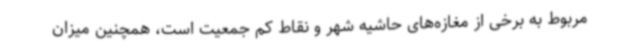
مربوط به برخی از مغازه‌های حاشیه شهر و نقاط کم جمعیت است، همچنین میزان